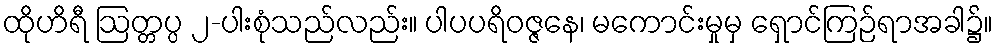
ထိုဟိရီ ဩတ္တပ္ပ ၂-ပါးစုံသည်လည်း။ ပါပပရိဝဇ္ဇနေ၊ မကောင်းမှုမှ ရှောင်ကြဉ်ရာအခါ၌။